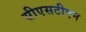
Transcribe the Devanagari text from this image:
सीएसटीएम